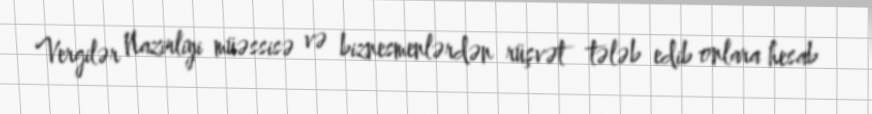
Vergilər Nazirliyi müəssisə və biznesmenlərdən rüşvət tələb edib onlara hesab